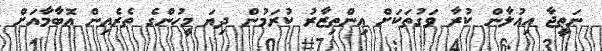
ނަތީޖާ އިޢުލާން ކުރާ ވަގުތަކަށް އިންތިޒާރު ކުރަމުން ދިޔަ މީހުންގެ ތެރެއިން އޮބާމާއަށް